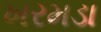
ખરમડા